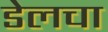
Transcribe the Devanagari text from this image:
डेलचा